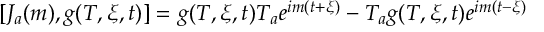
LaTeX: [ J _ { a } ( m ) , g ( T , \xi , t ) ] = g ( T , \xi , t ) T _ { a } e ^ { i m ( t + \xi ) } - T _ { a } g ( T , \xi , t ) e ^ { i m ( t - \xi ) }